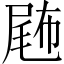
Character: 𡲫